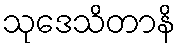
သုဒေသိတာနိ